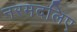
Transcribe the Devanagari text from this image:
नरमदलिए